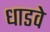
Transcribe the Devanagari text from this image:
धाडवे